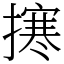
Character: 㩃